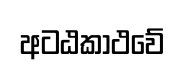
අටඨකාථවේ